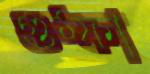
গুম্ফা